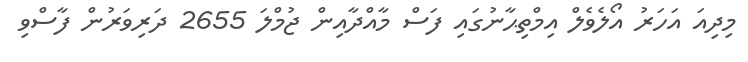
މިދިއަ އަހަރު އޯލެވެލް އިމްތިޙާނުގައި ފަސް މާއްދާއިން ޖުމްލަ 2655 ދަރިވަރުން ފާސްވި